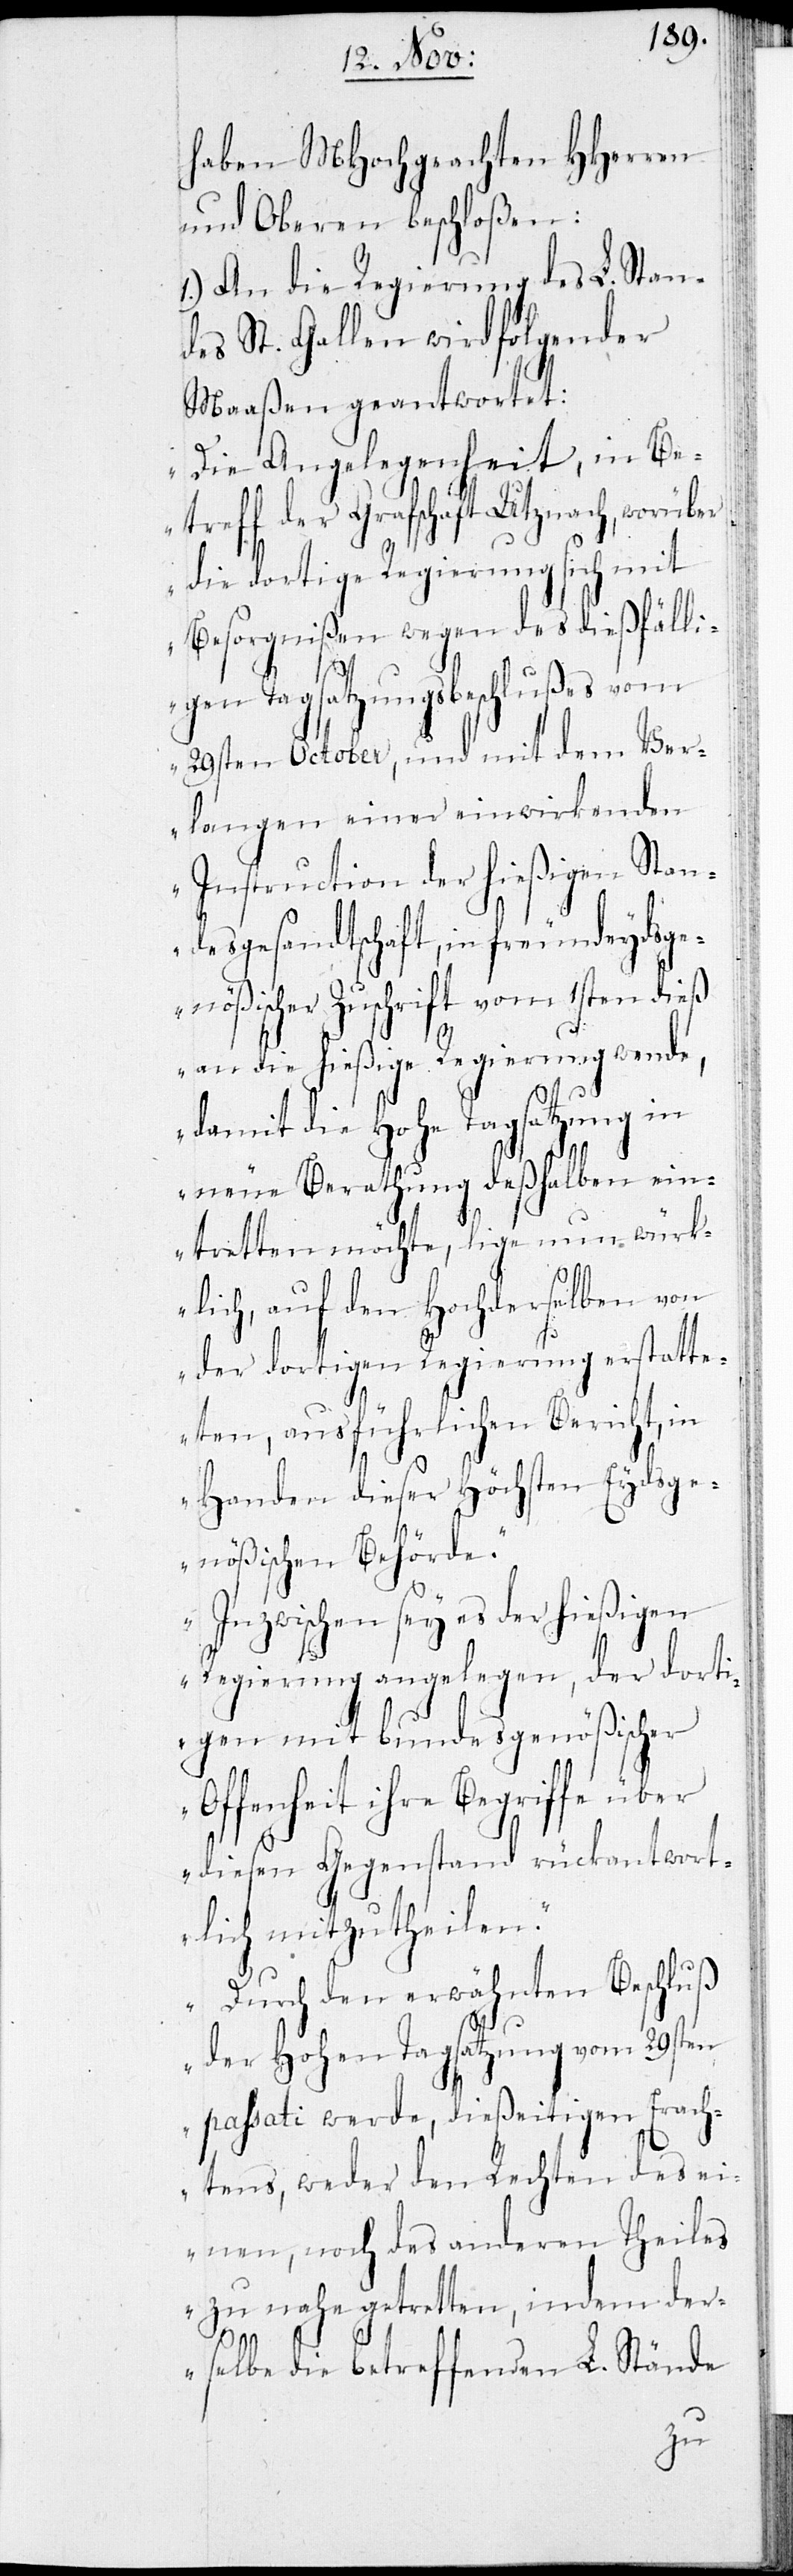
haben MHochgeachten HHerren
und Oberen beschloßen:
1.) An die Regierung des L. Stan¬
des St. Gallen wird folgender
Maßen geantwortet:
„Die Angelegenheit, in Be¬
treff der Grafschaft Utznach, worüber
die dortige Regierung sich mit
Besorgnißen wegen des dießfälli¬
gen Tagsatzungsbeschlußes vom
29sten October, und mit dem Ver¬
langen einer einwirkenden
Instruction der hießigen Stan¬
desgesandtschaft, in freundeydsge¬
nößischer Zuschrift vom 1sten dieß
an die hießige Regierung wende,
damit die Hohe Tagsatzung in
neue Berathung deshalben ein¬
tretten möchte, lige nun würk¬
lich, auf den Hochderselben von
der dortigen Regierung erstatte¬
ten, ausführlichen Bericht, in
Handen dieser höchsten Eydsge¬
nößischen Behörde.
Inzwischen sey es der hießigen
Regierung angelegen, der dorti¬
gen mit bundesgenößischer
Offenheit ihre Begriffe über
diesen Gegenstand rückantwort¬
lich mitzutheilen.
Durch den erwähnten Beschluß
der Hohen Tagsatzung vom 29sten
passati werde, dießeitigen Erach¬
tens, weder den Rechten des ei¬
nen, noch des anderen Theiles
zu nahe getretten, indem der¬
selbe die betreffenden L. Stände